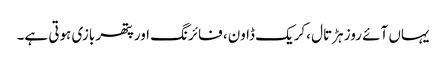
یہاں آئے روز ہڑتال ،کریک ڈاون، فائرنگ اورپتھر بازی ہوتی ہے۔